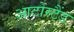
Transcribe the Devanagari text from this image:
आटोस्टैंड